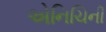
એનિચિની